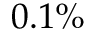
0 . 1 \%